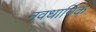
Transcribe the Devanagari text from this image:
नवधार्मिक